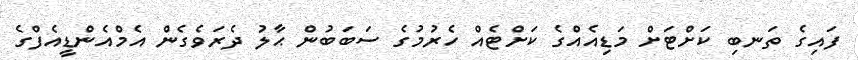
ފައިގެ ތަނބި ކަށްޓަށް މަޑިއެއްގެ ކަށްޓެއް ހެރުމުގެ ސަބަބުން ޙާލު ދެރަވެގެން އެމްއެންޑީއެފްގެ